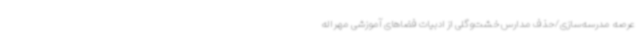
عرصه مدرسه‌سازی/حذف مدارس خشت‌وگلی از ادبیات فضاهای آموزشی مهراله